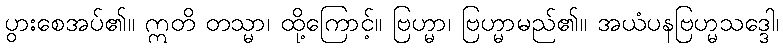
ပွားစေအပ်၏။ ဣတိ တသ္မာ၊ ထို့ကြောင့်။ ဗြဟ္မာ၊ ဗြဟ္မာမည်၏။ အယံပနဗြဟ္မသဒ္ဒေါ၊